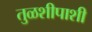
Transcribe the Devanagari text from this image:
तुळशीपाशी